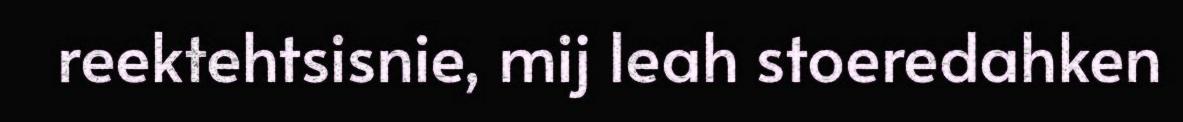
reektehtsisnie, mij leah stoeredahken